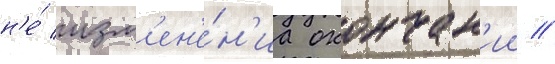
н'е́ изм'ен'е́н'иа окончан'ии //